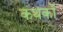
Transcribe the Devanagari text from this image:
कथकों